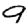
Digit: 9